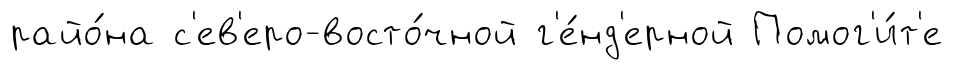
райо́на с'ев'еро-восто́чной г'е́нд'ерной Помог'и́т'е